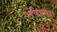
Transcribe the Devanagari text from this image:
अॅपच्या